system: You are a helpful assistant.
user:
Analyze the provided spectrum to determine if it is a **S-type Star**.

- **Key Indicators for S-type Star:**

    - **(Overall Spectrum Shape):** The first and most obvious characteristic is the overall continuum (the "baseline" shape). It is **extremely "red-sloping,"** meaning the flux (light intensity) is very low on the left side (blue, ~4000-4500 Å) and rises steeply and continuously toward the right side (red, ~7000 Å+).

    - **(Primary):** The spectrum is defined by the presence of strong, broad molecular absorption "valleys" (bands) from **Zirconium Oxide (ZrO)**. The identification of these bands is the **primary requirement** for classifying a star as S-type.
        - **(Key Bandheads):** You must find distinct, deep "dips" where the light has been absorbed. The most critical band systems to locate are:
            - **~6474 Å** ($\gamma$-system): This is often the strongest and clearest ZrO feature, found in the red part of the spectrum.
            - **~5718 Å** & **~5551 Å** ($\beta$-system): A pair of prominent absorption features in the yellow-orange part of the spectrum.
            - **~4640 Å** ($\alpha$-system): A key absorption band system in the blue-green region of the spectrum.

    - **(Secondary Confirmation):** The classification is strengthened by finding additional absorption bands from other related heavy element oxides, which are expected to be present alongside ZrO.
        - **(Key Bandheads):**
            - **Yttrium Oxide (YO):** Look for absorption dips near **~4800 Å** and **~6100 Å**.
            - **Lanthanum Oxide (LaO):** Additional absorption features, particularly in the red-orange part of the spectrum, are also characteristic.

    - **(Line Profile):** The combination of the steep red continuum and these numerous, deep molecular bands (ZrO, YO, etc.) gives the entire spectrum a very **"chopped-up"** or **"bumpy"** appearance. Instead of a smooth curve, the spectrum looks as though large, wide chunks of light have been "carved out" of it at the specific wavelengths listed above.

Think first, call **spectral_visualization_tool** if needed to examine features in detail, then provide your final answer. Your response must adhere to the following strict rules:
1.  **Overall Structure:** Your response must follow the format `<think>...</think> <tool_call>...</tool_call> (if a tool is used) <answer>...</answer>`.
2.  **Tool Usage Constraint:** You may only make **one** tool call per turn.
3.  **Final Answer Format:** In the `<answer>` tag, your conclusion must be inside a `\boxed{}` command (e.g., `\boxed{YES}` or `\boxed{NO}`), followed by your justification.

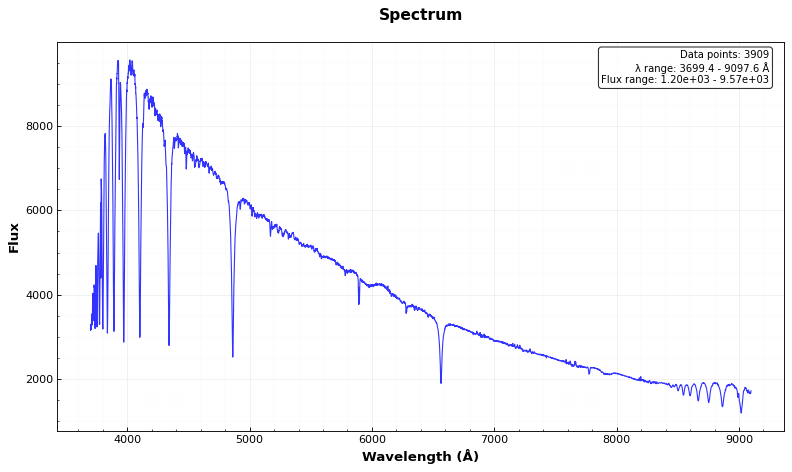
Answer: YES